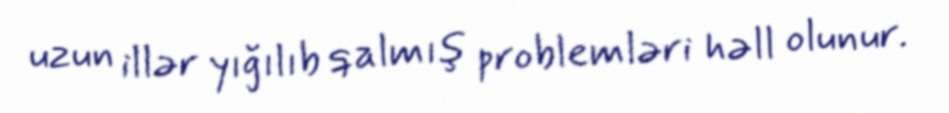
uzun illər yığılıb qalmış problemləri həll olunur.